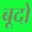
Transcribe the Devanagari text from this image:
बूदो